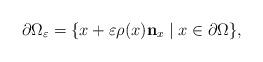
LaTeX: \begin{align*}\partial \Omega_\varepsilon=\{x+\varepsilon\rho(x)\mathbf{n}_x \mid x\in \partial \Omega\},\end{align*}